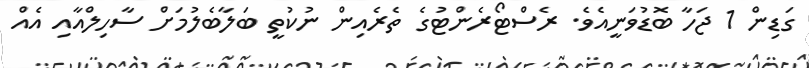
ގަޑިން 1 ޖަހާ ބޮޑުވަނީއެވެ. ރެސްޓޯރެންޓުގެ ތެރެއިން ނުކުތީ ބަލާބެލުމަށް ސާހިލްއާއި އެއް